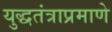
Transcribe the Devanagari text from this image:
युद्धतंत्राप्रमाणे